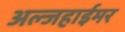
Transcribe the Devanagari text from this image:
अल्जहाईमर